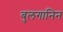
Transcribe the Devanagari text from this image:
बुलगानिन